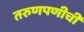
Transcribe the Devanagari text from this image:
तरुणपणीची